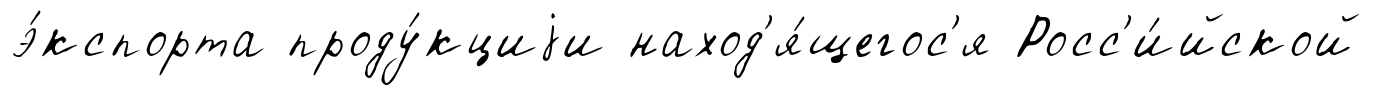
э́кспорта проду́кциjи наход'я́щегос'я Росс'и́йской